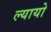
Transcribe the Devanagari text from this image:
ल्यायो